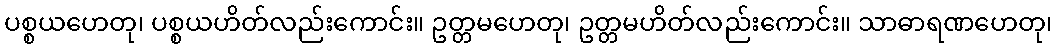
ပစ္စယဟေတု၊ ပစ္စယဟိတ်လည်းကောင်း။ ဥတ္တမဟေတု၊ ဥတ္တမဟိတ်လည်းကောင်း။ သာဓာရဏဟေတု၊